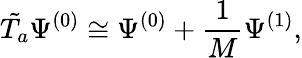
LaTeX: \tilde{T_{a}}\Psi^{(0)}\cong\Psi^{(0)}+\frac{1}{M}\Psi^{(1)},